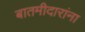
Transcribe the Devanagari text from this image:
बातमीदारांना